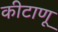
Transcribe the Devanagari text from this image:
कीटाणू